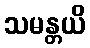
သမန္တယိ